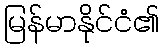
မြန်မာနိုင်ငံ၏